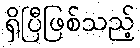
ရှိပြီဖြစ်သည့်